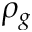
\rho _ { g }